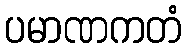
ပမာဏကတံ